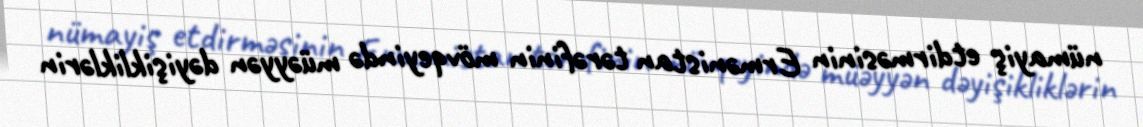
nümayiş etdirməsinin Ermənistan tərəfinin mövqeyində müəyyən dəyişikliklərin